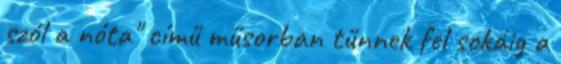
szól a nóta" című műsorban tűnnek fel sokáig a